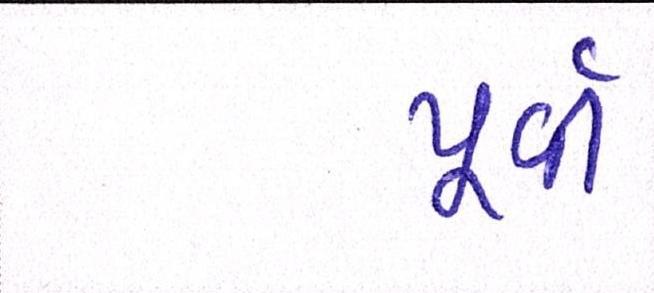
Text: પૂર્વી